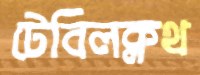
টেবিলক্লথ